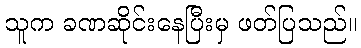
သူက ခဏဆိုင်းနေပြီးမှ ဖတ်ပြသည်။